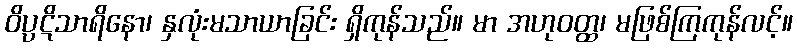
ဝိပ္ပဋိသာရိနော၊ နှလုံးမသာယာခြင်း ရှိကုန်သည်။ မာ အဟုဝတ္ထ၊ မဖြစ်ကြကုန်လင့်။